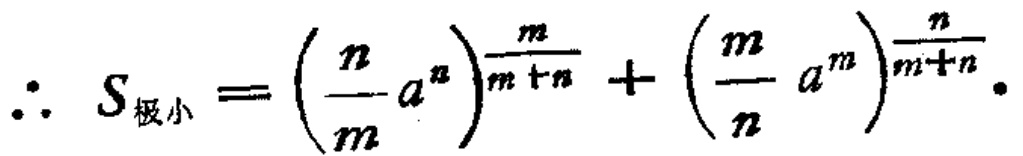
\[\therefore S_{极小}=\left(\frac{n}{m}a^{n}\right)^{\frac{m}{m + n}}+\left(\frac{m}{n}a^{m}\right)^{\frac{n}{m + n}}.\]